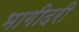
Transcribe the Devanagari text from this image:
भागीदरी